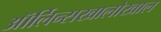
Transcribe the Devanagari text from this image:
ऑर्लिन्सखालोखाल